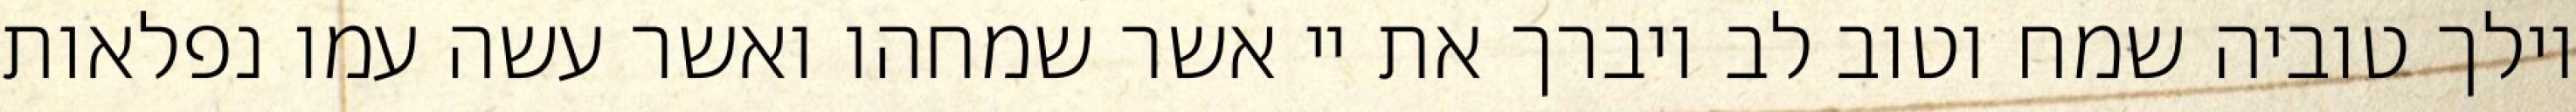
וילך טוביה שמח וטוב לב ויברך את יי אשר שמחהו ואשר עשה עמו נפלאות